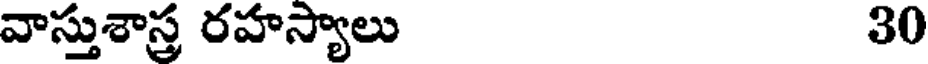
వాస్తుశాస్ర రహస్యాలు 30